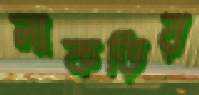
লাকড়ির